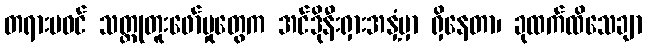
တရားမဝင် သတ္တုတူးဖော်မှုတွေက အင်ဒိုနီးရှားအနှံ့မှာ ရှိနေတာ၊ ခုထက်ထိသေချာ